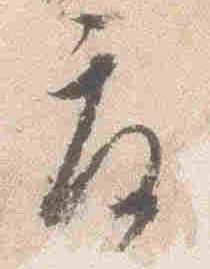
度